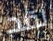
لقد